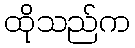
ထိုသည်က